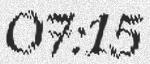
07:15